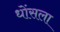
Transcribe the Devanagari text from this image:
धोंसला